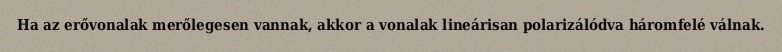
Ha az erővonalak merőlegesen vannak, akkor a vonalak lineárisan polarizálódva háromfelé válnak.